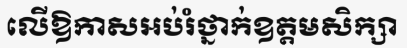
លើឱកាសអប់រំថ្នាក់ឧត្តមសិក្សា